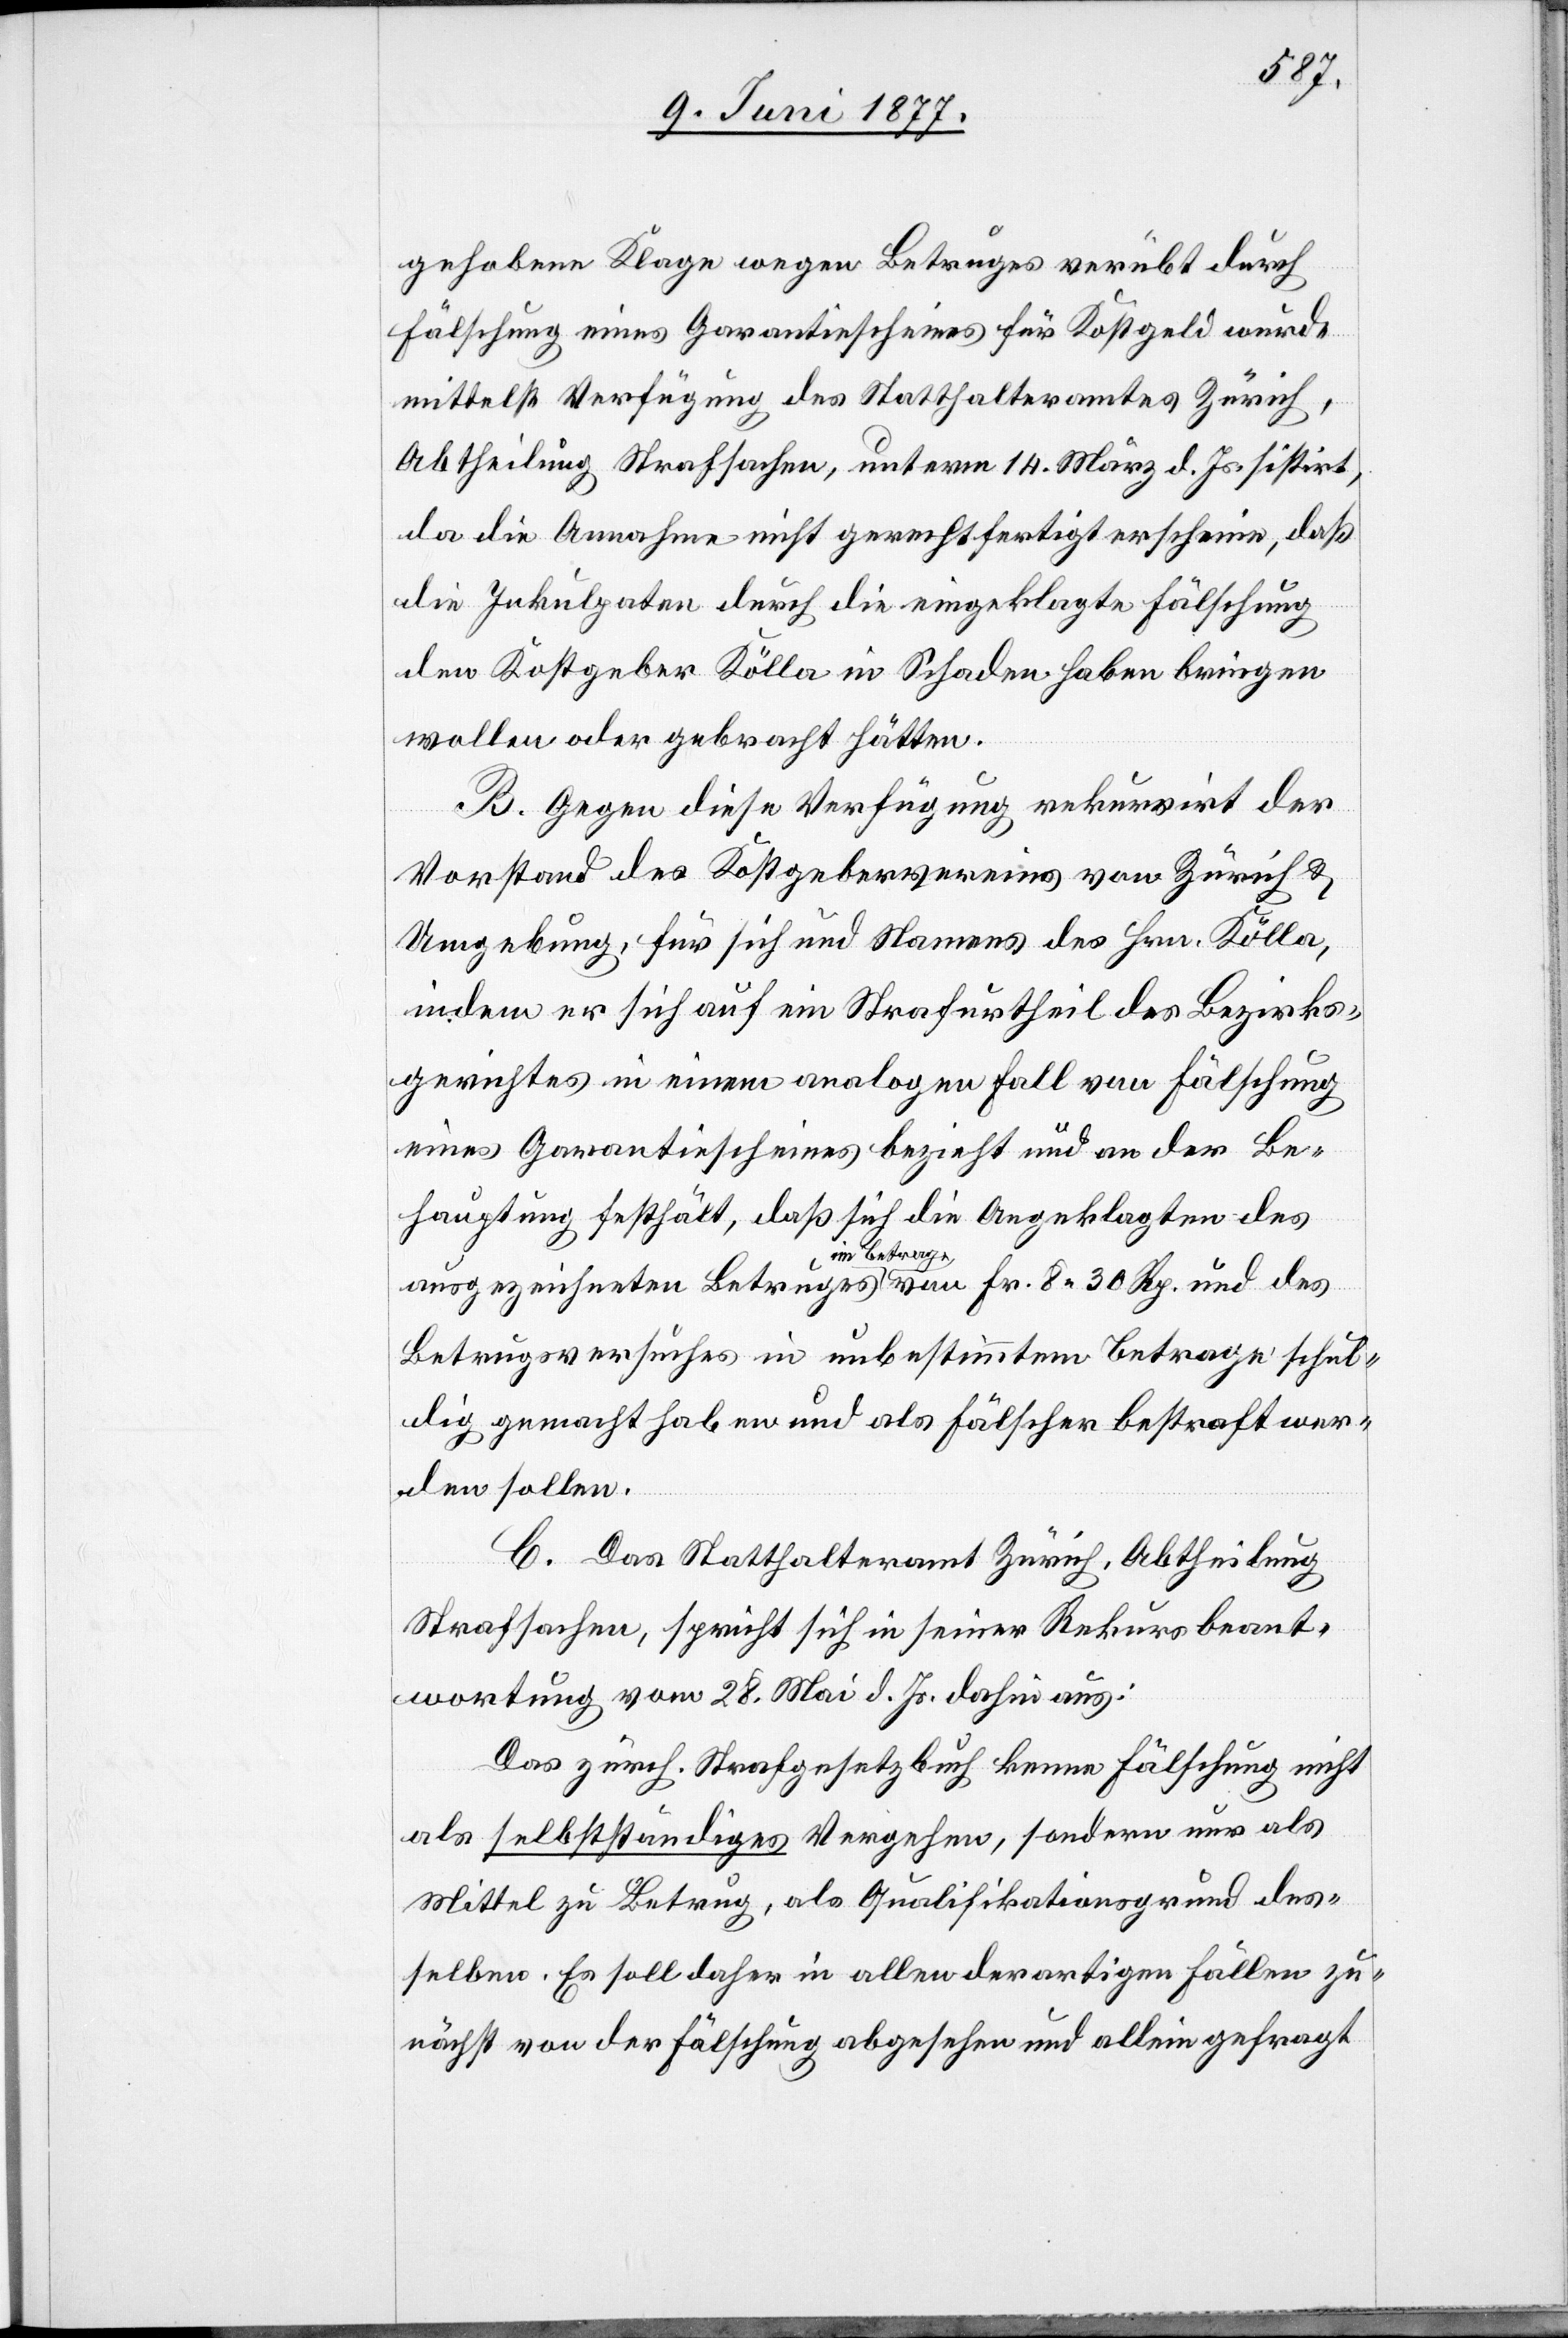
gehobene Klage wegen Betruges verübt durch
Fälschung eines Garantiescheines für Kostgeld wurde
mittelst Verfügung des Statthalteramtes Zürich,
Abtheilung Strafsachen, unterm 14. März d. Js. sistirt,
da die Annahme nicht gerechtfertigt erscheine, daß
wollen oder gebracht hätten.
B. Gegen diese Verfügung rekurrirt der
Vorstand des Kostgebervereins von Zürich &
Umgebung, für sich und Namens des Hrn. Kölla,
indem er sich auf ein Strafurtheil des Bezirks¬
gerichtes in einem analogen Fall von Fälschung
eines Garantiescheines bezieht und an der Be¬
hauptung festhält, daß sich die Angeklagten des
ausgezeichneten Betruges im Betrag von Fr. 8 30 Rp. und des
Betrugsversuches in unbestimmtem Betrage schul¬
dig gemacht haben und als Fälscher bestraft wer¬
den sollen.
C. Das Statthalteramt Zürich, Abtheilung
Strafsachen, spricht sich in seiner Rekursbeant¬
wortung vom 28. Mai d. Js. dahin aus:
Das zürch. Strafgesetzbuch kenne Fälschung nicht
als selbstständiges Vergehen, sondern nur als
Mittel zu Betrug, als Qualifikationsgrund des¬
selben. Es soll daher in allen derartigen Fällen zu¬
nächst von der Fälschung abgesehen und allein gefragt